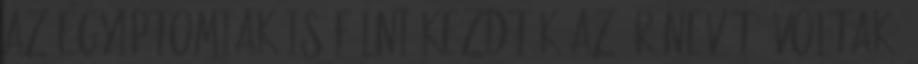
az egyiptomiak is félni kezdték az ÚR nevét. Voltak,